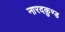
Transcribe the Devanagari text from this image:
नारदकुण्ड